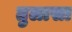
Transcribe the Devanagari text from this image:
तुलासा